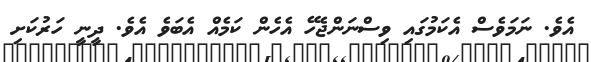
އެވެ. ނަމަވެސް އެކަމުގައި ވިސްނަންޖެހޭ އެހެން ކަމެއް އެބަވެ އެވެ. ދީނީ ހަރުކަށި